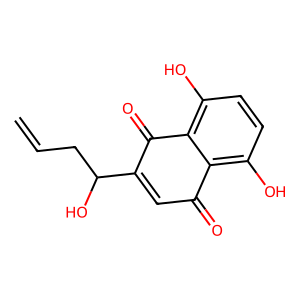
SMILES: C=CCC(O)C1=CC(=O)c2c(O)ccc(O)c2C1=O
Inhibits HIV replication: No